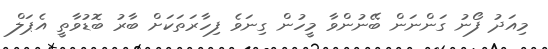
މިއަދު ފޯނު ގަންނަން ބޭނުންވާ މީހުން ގިނަވެ ފިހާރަތަކަށް ބާރު ބޮޑުވާތީ އެޕަލް